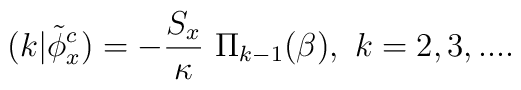
(k|\tilde\phi ^c_x) =  -  {S_x\over\kappa}\ \Pi_{k-1} ( \beta ), \ k=2,3,...  .